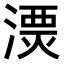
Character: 𣻔